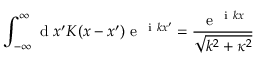
\int _ { - \infty } ^ { \infty } \mathrm { ~ d ~ } x ^ { \prime } K ( x - x ^ { \prime } ) \mathrm { ~ e ~ } ^ { \mathrm { ~ i ~ } k x ^ { \prime } } = \frac { \mathrm { ~ e ~ } ^ { \mathrm { ~ i ~ } k x } } { \sqrt { k ^ { 2 } + \kappa ^ { 2 } } }